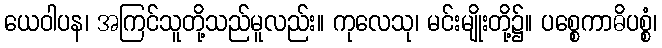
ယေဝါပန၊ အကြင်သူတို့သည်မူလည်း။ ကုလေသု၊ မင်းမျိုးတို့၌။ ပစ္စေကာဓိပစ္စံ၊